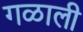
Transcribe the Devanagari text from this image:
गळाली